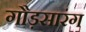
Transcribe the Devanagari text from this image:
गौड़सारंग